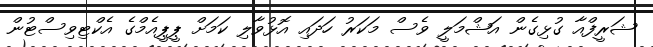
ޝަރީފްއާ ގުޅިގެން އަޝްމަލީ ވެސް މަކަރު ހަދައި އޮޅުވާލި ކަމަށް ޕީޕީއެމްގެ އެކްޓިވިސްޓުން